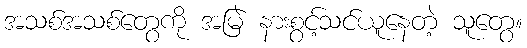
အသစ်အသစ်တွေကို အမြဲ နားစွင့်သင်ယူနေတဲ့ သူတွေ။